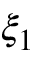
\xi _ { 1 }